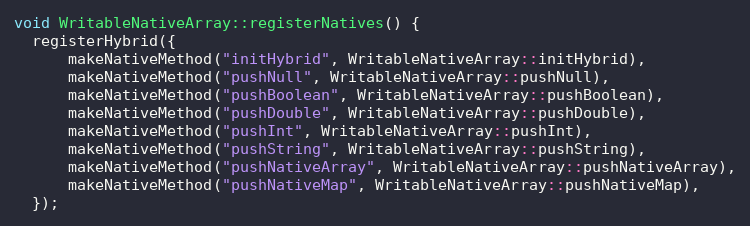
Language: C++
void WritableNativeArray::registerNatives() {
  registerHybrid({
      makeNativeMethod("initHybrid", WritableNativeArray::initHybrid),
      makeNativeMethod("pushNull", WritableNativeArray::pushNull),
      makeNativeMethod("pushBoolean", WritableNativeArray::pushBoolean),
      makeNativeMethod("pushDouble", WritableNativeArray::pushDouble),
      makeNativeMethod("pushInt", WritableNativeArray::pushInt),
      makeNativeMethod("pushString", WritableNativeArray::pushString),
      makeNativeMethod("pushNativeArray", WritableNativeArray::pushNativeArray),
      makeNativeMethod("pushNativeMap", WritableNativeArray::pushNativeMap),
  });